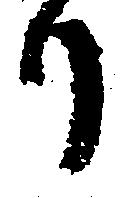
り